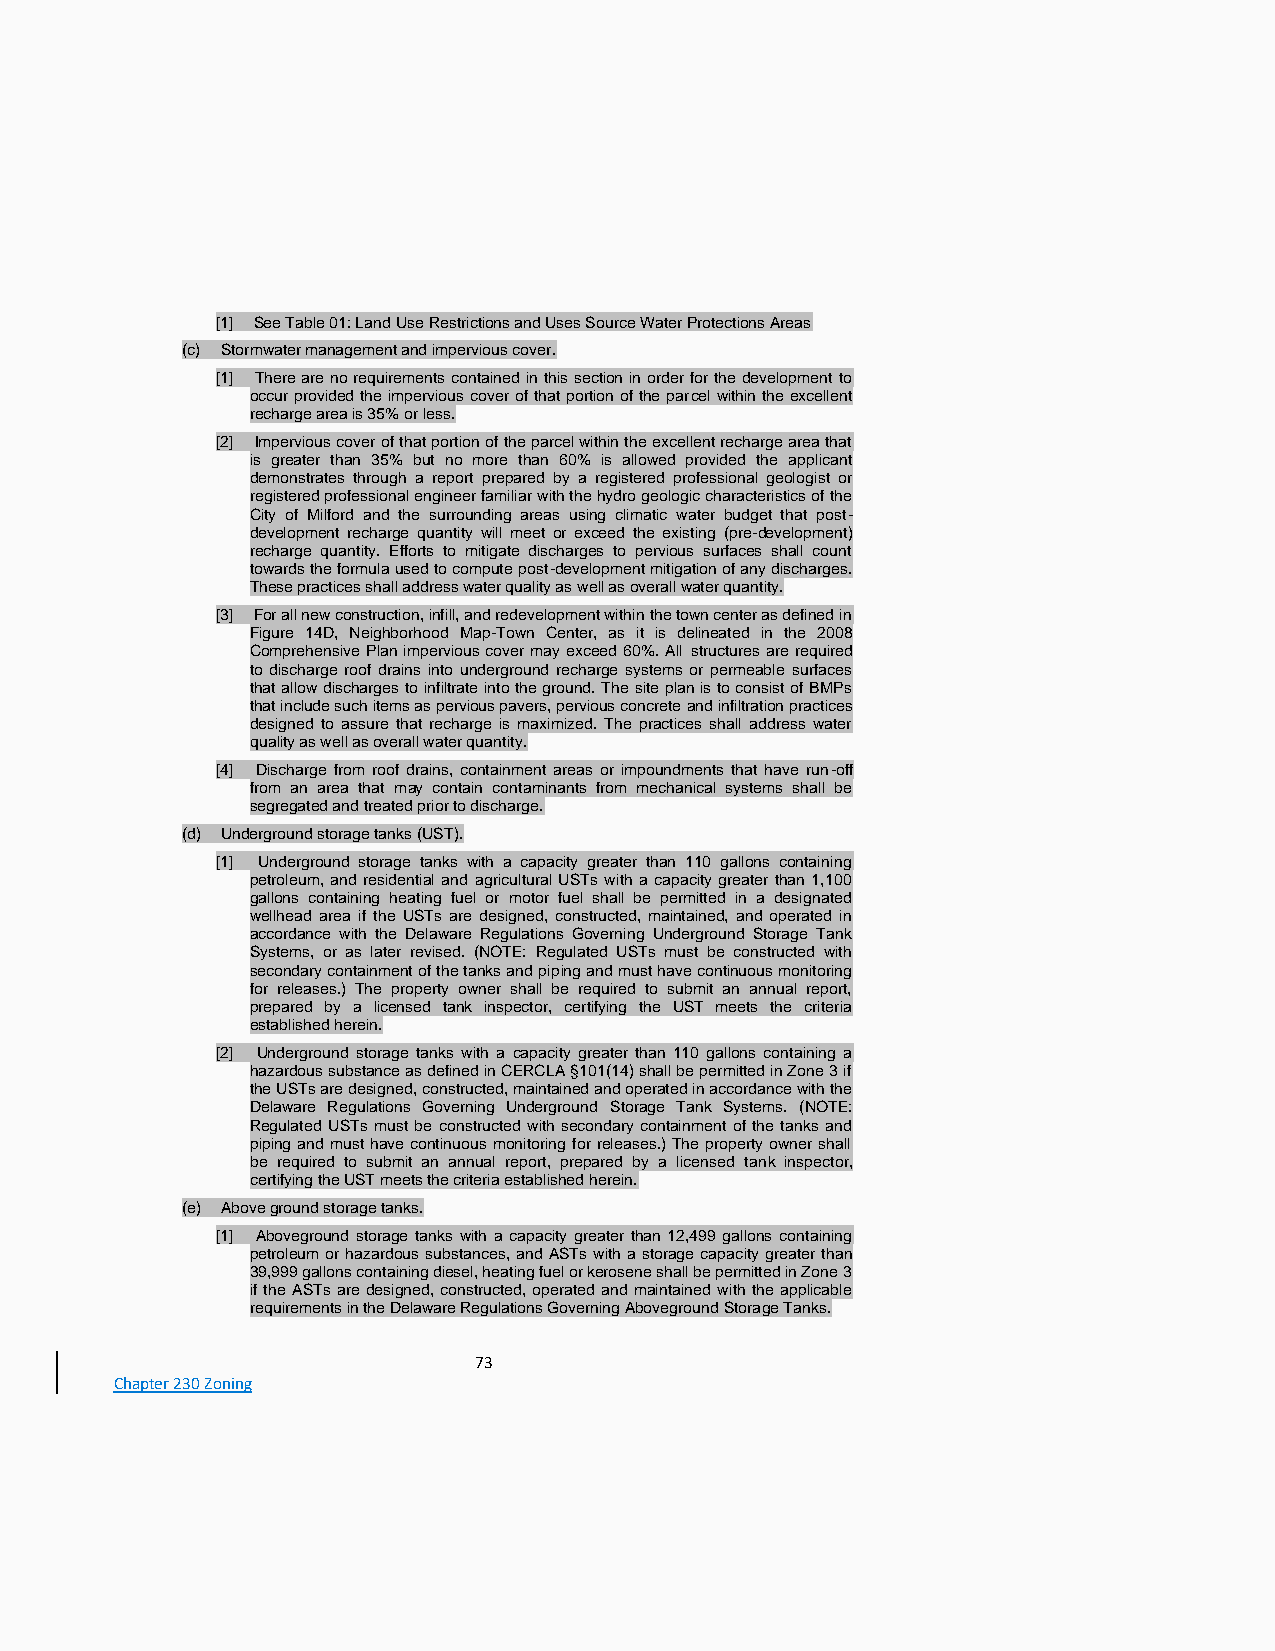
[1] See Table 01: Land Use Restrictions and Uses Source Water Protections Areas
 (c) Stormwater management and impervious cover.
 [1] There are no requirements contained in this section in order for the development to
 occur provided the impervious cover of that portion of the parcel within the excellent
 recharge area is 35% or less.
 [2] Impervious cover of that portion of the parcel within the excellent recharge area that
 is greater than 35% but no more than 60% is allowed provided the applicant
 demonstrates through a report prepared by a registered professional geologist or
 registered professional engineer familiar with the hydro geologic characteristics of the
 City of Milford and the surrounding areas using climatic water budget that post-
 development recharge quantity will meet or exceed the existing (pre-development)
 recharge quantity. Efforts to mitigate discharges to pervious surfaces shall count
 towards the formula used to compute post-development mitigation of any discharges.
 These practices shall address water quality as well as overall water quantity.
 [3] For all new construction, infill, and redevelopment within the town center as defined in
 Figure 14D, Neighborhood Map-Town Center, as it is delineated in the 2008
 Comprehensive Plan impervious cover may exceed 60%. All structures are required
 to discharge roof drains into underground recharge systems or permeable surfaces
 that allow discharges to infiltrate into the ground. The site plan is to consist of BMPs
 that include such items as pervious pavers, pervious concrete and infiltration practices
 designed to assure that recharge is maximized. The practices shall address water
 quality as well as overall water quantity.
 [4] Discharge from roof drains, containment areas or impoundments that have run-off
 from an area that may contain contaminants from mechanical systems shall be
 segregated and treated prior to discharge.
 (d) Underground storage tanks (UST).
 [1] Underground storage tanks with a capacity greater than 110 gallons containing
 petroleum, and residential and agricultural USTs with a capacity greater than 1,100
 gallons containing heating fuel or motor fuel shall be permitted in a designated
 wellhead area if the USTs are designed, constructed, maintained, and operated in
 accordance with the Delaware Regulations Governing Underground Storage Tank
 Systems, or as later revised. (NOTE: Regulated USTs must be constructed with
 secondary containment of the tanks and piping and must have continuous monitoring
 for releases.) The property owner shall be required to submit an annual report,
 prepared by a licensed tank inspector, certifying the UST meets the criteria
 established herein.
 [2] Underground storage tanks with a capacity greater than 110 gallons containing a
 hazardous substance as defined in CERCLA §101(14) shall be permitted in Zone 3 if
 the USTs are designed, constructed, maintained and operated in accordance with the
 Delaware Regulations Governing Underground Storage Tank Systems. (NOTE:
 Regulated USTs must be constructed with secondary containment of the tanks and
 piping and must have continuous monitoring for releases.) The property owner shall
 be required to submit an annual report, prepared by a licensed tank inspector,
 certifying the UST meets the criteria established herein.
 (e) Above ground storage tanks.
 [1] Aboveground storage tanks with a capacity greater than 12,499 gallons containing
 petroleum or hazardous substances, and ASTs with a storage capacity greater than
 39,999 gallons containing diesel, heating fuel or kerosene shall be permitted in Zone 3
 if the ASTs are designed, constructed, operated and maintained with the applicable
 requirements in the Delaware Regulations Governing Aboveground Storage Tanks.
 73
 Chapter 230 Zoning